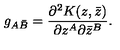
g _ { A \bar { B } } = \frac { \partial ^ { 2 } K ( z , \bar { z } ) } { \partial z ^ { A } \partial \bar { z } ^ { B } } .